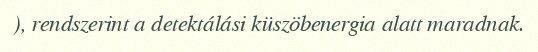
), rendszerint a detektálási küszöbenergia alatt maradnak.